Civil Veterinary Dept. Assam report 1911-1927 - 1911-1927
Year: 1911
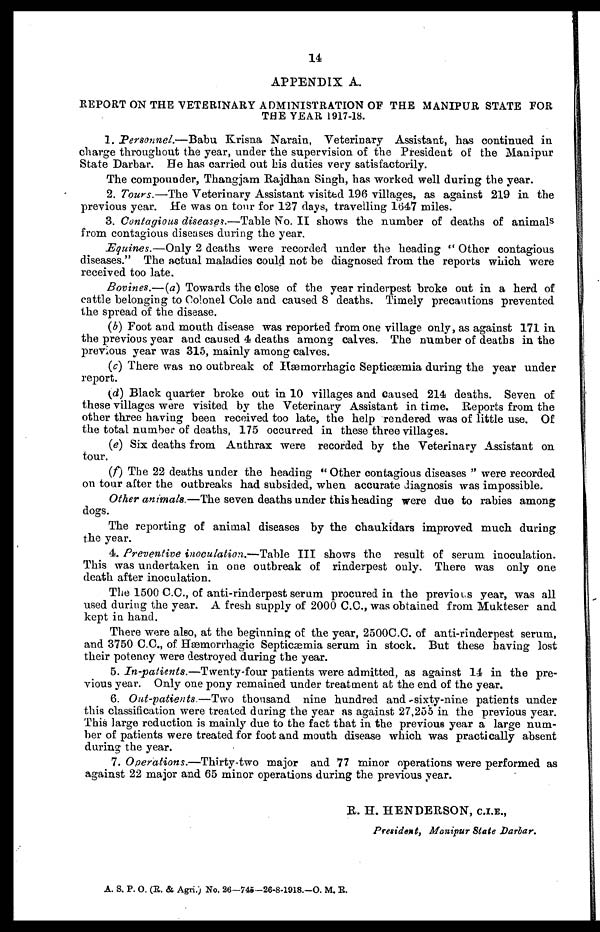
14
APPENDIX A.
REPORT ON THE VETERINARY ADMINISTRATION OF THE MANIPUR STATE FOR
THE YEAR 1917-18.
1. Personnel.—Babu Krisna Narain, Veterinary Assistant, has continued in
charge throughout the year, under the supervision of the President of the Manipur
State Darbar. He has carried out his duties very satisfactorily.
The compounder, Thangjam Rajdhan Singh, has worked well during the year.
2. Tours.—The Veterinary Assistant visited 196 villages, as against 219 in the
previous year. He was on tour for 127 days, travelling 1647 miles.
3. Contagious diseases.—Table No. II shows the number of deaths of animals
from contagious diseases during the year.
Equities.—Only 2 deaths were recorded under the heading " Other contagious
diseases." The actual maladies could not be diagnosed from the reports which were
received too late.
Bovines.—(a) Towards the close of the year rinderpest broke out in a herd of
cattle belonging to Colonel Cole and caused 8 deaths. Timely precautions prevented
the spread of the disease.
(b) Foot and mouth disease was reported from one village only, as against 171 in
the previous year and caused 4 deaths among calves. The number of deaths in the
previous year was 315, mainly among calves.
(c) There was no outbreak of Hæmorrhagic Septicæmia during the year under
report.
(d) Black quarter broke out in 10 villages and caused 214 deaths. Seven of
these villages were visited by the Veterinary Assistant in time. Reports from the
other three having been received too late, the help rendered was of little use. Of
the total number of deaths, 175 occurred in these three villages.
(e) Six deaths from Anthrax were recorded by the Veterinary Assistant on
tour.
(f) The 22 deaths under the heading ' Other contagious diseases " were recorded
on tour after the outbreaks had subsided, when accurate diagnosis was impossible.
Other animals.—The seven deaths under this heading were due to rabies among
dogs.
The reporting of animal diseases by the chaukidars improved much during
the year.
4. Preventive inoculation.—Table III shows the result of serum inoculation.
This was undertaken in one outbreak of rinderpest only. There was only one
death after inoculation.
The 1500 C.C., of anti-rinderpest serum procured in the previous year, was all
used during the year. A fresh supply of 2000 C.C., was obtained from Mukteser and
kept in hand.
There were also, at the beginning of the year, 2500C.C. of anti-rinderpest serum,
and 3750 C.C., of Hæmorrhagic Septicaemia serum in stock. But these having lost
their potency were destroyed during the year.
5. In-patients.—Twenty-four patients were admitted, as against 14 in the pre-
vious year. Only one pony remained under treatment at the end of the year.
6. Out-patients.—Two thousand nine hundred and -sixty-nine patients under
this classification were treated during the year as against 27,255 in the previous year.
This large reduction is mainly due to the fact that in the previous year a large num-
ber of patients were treated for foot and mouth disease which was practically absent
during the year.
7. Operations.—Thirty-two major and 77 minor operations were performed as
against 22 major and 65 minor operations during the previous year.
R. H. HENDERSON, C.I.E.,
President, Manipur State Darbar.
A. S. P. O. (R. & Agri.) No. 26—748—26-8-1918.—O. M. E.